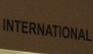
international